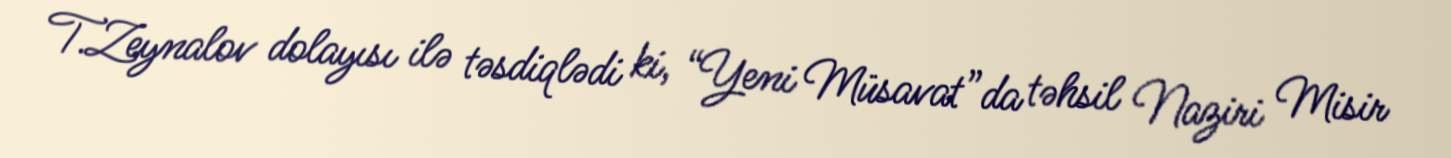
T.Zeynalov dolayısı ilə təsdiqlədi ki, “Yeni Müsavat”da təhsil Naziri Misir